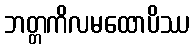
ဘတ္တကိလမထောပိဿ